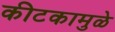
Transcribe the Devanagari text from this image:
कीटकामुळे